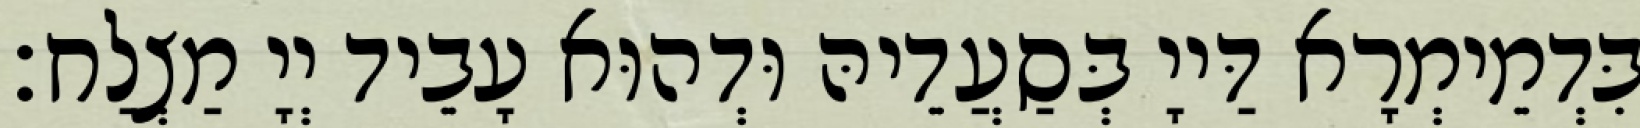
בִּדְמֵימְרָא דַּייָ בְּסַעֲדֵיהּ וּדְהוּא עָבֵיד יְיָ מַצְלַח׃